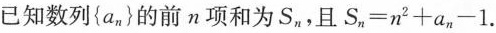
已知数列{a_{n}}的前n项和为S_{n}, 且 $$S_{n}=n^{2}+a^{2}-1$$.